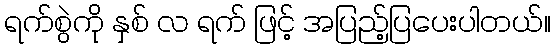
ရက်စွဲကို နှစ် လ ရက် ဖြင့် အပြည့်ပြပေးပါတယ်။